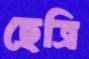
ছেত্রি